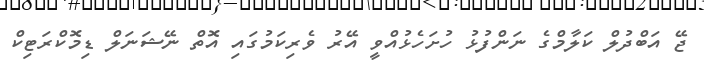
ޖޭ އަބްދުލް ކަލާމްގެ ނަންފުޅު ހުށަހެޅުއްވީ އޭރު ވެރިކަމުގައި އޮތް ނޭޝަނަލް ޑިމޮކްރަޓިކް